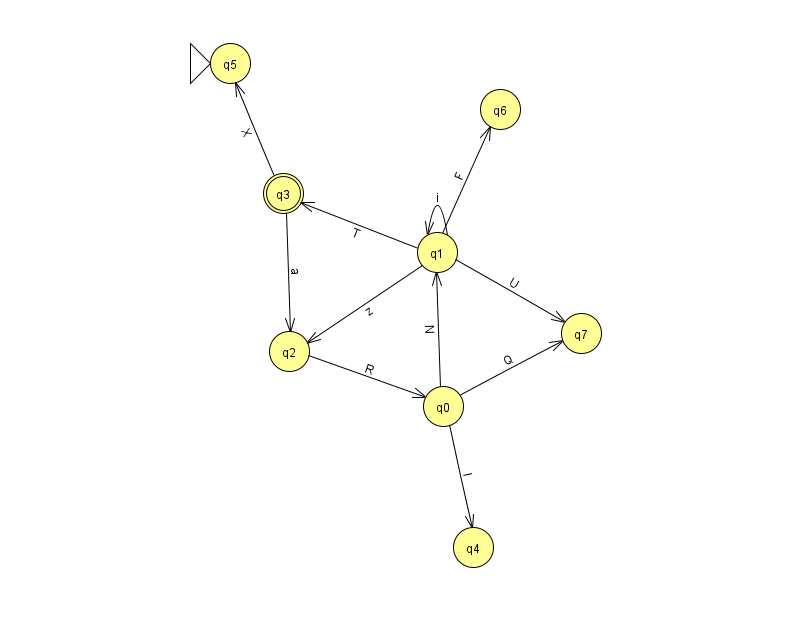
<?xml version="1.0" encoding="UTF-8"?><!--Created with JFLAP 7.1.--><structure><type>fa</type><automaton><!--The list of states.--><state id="0" name="q0"><x>443.0</x><y>393.0</y></state><state id="1" name="q1"><x>437.0</x><y>239.0</y></state><state id="2" name="q2"><x>289.0</x><y>338.0</y></state><state id="3" name="q3"><x>283.0</x><y>180.0</y><final/></state><state id="4" name="q4"><x>473.0</x><y>534.0</y></state><state id="5" name="q5"><x>230.0</x><y>50.0</y><initial/></state><state id="6" name="q6"><x>500.0</x><y>96.0</y></state><state id="7" name="q7"><x>581.0</x><y>320.0</y></state><!--The list of transitions.--><transition><from>1</from><to>2</to><read>z</read></transition><transition><from>0</from><to>4</to><read>I</read></transition><transition><from>1</from><to>7</to><read>U</read></transition><transition><from>3</from><to>5</to><read>X</read></transition><transition><from>0</from><to>7</to><read>Q</read></transition><transition><from>1</from><to>3</to><read>T</read></transition><transition><from>0</from><to>1</to><read>N</read></transition><transition><from>3</from><to>2</to><read>a</read></transition><transition><from>1</from><to>1</to><read>i</read></transition><transition><from>1</from><to>6</to><read>F</read></transition><transition><from>2</from><to>0</to><read>R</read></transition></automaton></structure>